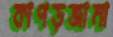
কাপড়জামা